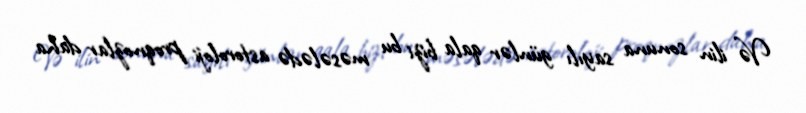
Və ilin sonuna sayılı günlər qala bizi bu məsələdə astoroloji proqnozlar daha